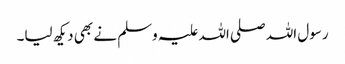
رسول اللہ صلی اللہ علیہ وسلم نے بھی دیکھ لیا۔